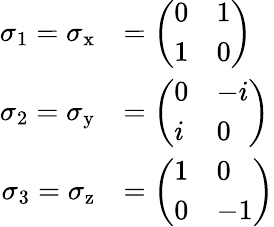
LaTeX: {\begin{array}{rl}{\sigma_{1}=\sigma_{\mathrm{x}}}&{={\left(\begin{array}{ll}{0}&{1}\\ {1}&{0}\end{array}\right)}}\\ {\sigma_{2}=\sigma_{\mathrm{y}}}&{={\left(\begin{array}{ll}{0}&{-i}\\ {i}&{0}\end{array}\right)}}\\ {\sigma_{3}=\sigma_{\mathrm{z}}}&{={\left(\begin{array}{ll}{1}&{0}\\ {0}&{-1}\end{array}\right)}}\end{array}}